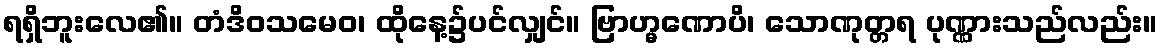
ရရှိဘူးလေ၏။ တံဒိဝသမေဝ၊ ထိုနေ့၌ပင်လျှင်။ ဗြာဟ္မဏောပိ၊ သောဏုတ္တရ ပုဏ္ဏားသည်လည်း။